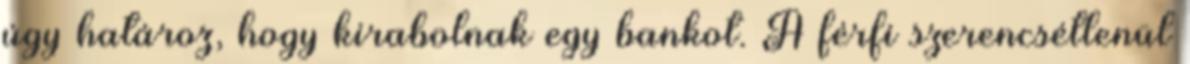
úgy határoz, hogy kirabolnak egy bankot. A férfi szerencsétlenül